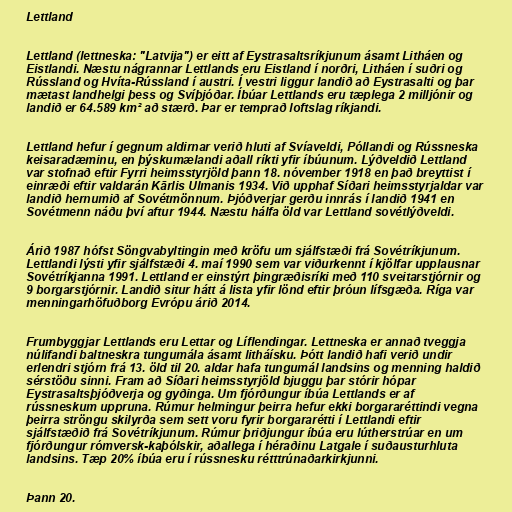
Lettland

Lettland (lettneska: "Latvija") er eitt af Eystrasaltsríkjunum ásamt Litháen og
Eistlandi. Næstu nágrannar Lettlands eru Eistland í norðri, Litháen í suðri og
Rússland og Hvíta-Rússland í austri. Í vestri liggur landið að Eystrasalti og þar
mætast landhelgi þess og Svíþjóðar. Íbúar Lettlands eru tæplega 2 milljónir og
landið er 64.589 km² að stærð. Þar er temprað loftslag ríkjandi.

Lettland hefur í gegnum aldirnar verið hluti af Svíaveldi, Póllandi og Rússneska
keisaradæminu, en þýskumælandi aðall ríkti yfir íbúunum. Lýðveldið Lettland
var stofnað eftir Fyrri heimsstyrjöld þann 18. nóvember 1918 en það breyttist í
einræði eftir valdarán Kārlis Ulmanis 1934. Við upphaf Síðari heimsstyrjaldar var
landið hernumið af Sovétmönnum. Þjóðverjar gerðu innrás í landið 1941 en
Sovétmenn náðu því aftur 1944. Næstu hálfa öld var Lettland sovétlýðveldi.

Árið 1987 hófst Söngvabyltingin með kröfu um sjálfstæði frá Sovétríkjunum.
Lettlandi lýsti yfir sjálfstæði 4. maí 1990 sem var viðurkennt í kjölfar upplausnar
Sovétríkjanna 1991. Lettland er einstýrt þingræðisríki með 110 sveitarstjórnir og
9 borgarstjórnir. Landið situr hátt á lista yfir lönd eftir þróun lífsgæða. Ríga var
menningarhöfuðborg Evrópu árið 2014.

Frumbyggjar Lettlands eru Lettar og Líflendingar. Lettneska er annað tveggja
núlifandi baltneskra tungumála ásamt litháísku. Þótt landið hafi verið undir
erlendri stjórn frá 13. öld til 20. aldar hafa tungumál landsins og menning haldið
sérstöðu sinni. Fram að Síðari heimsstyrjöld bjuggu þar stórir hópar
Eystrasaltsþjóðverja og gyðinga. Um fjórðungur íbúa Lettlands er af
rússneskum uppruna. Rúmur helmingur þeirra hefur ekki borgararéttindi vegna
þeirra ströngu skilyrða sem sett voru fyrir borgararétti í Lettlandi eftir
sjálfstæðið frá Sovétríkjunum. Rúmur þriðjungur íbúa eru lútherstrúar en um
fjórðungur rómversk-kaþólskir, aðallega í héraðinu Latgale í suðausturhluta
landsins. Tæp 20% íbúa eru í rússnesku rétttrúnaðarkirkjunni.

Þann 20.